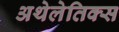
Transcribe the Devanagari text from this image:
अथेलेतिक्स